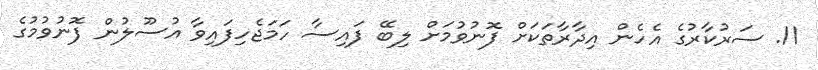
11. ސަރުކާރުގެ އެހެން އިދާރާތަކަށް ފޮނުވުމަށް ލިބޭ ފައިސާ ހަމަޖެހިފައިވާ އުސޫލުން ފޮނުވުމުގެ